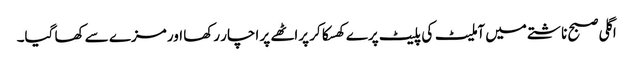
اگلی صبح ناشتے میں آملیٹ کی پلیٹ پرے کھسکا کر پراٹھے پر اچار رکھا اور مزے سے کھا گیا۔